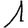
Digit: 1